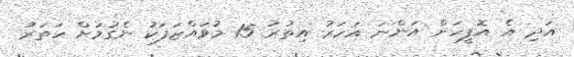
އަދި އެ އޮފީހަށް އަންނަ އަހަރު އިތުރު 15 މުވައްޒަފަކު ނެގުމަށް ހަތަރު